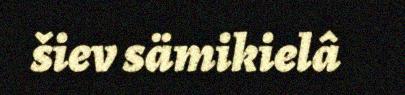
šiev sämikielâ